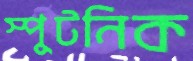
স্পুটনিক